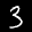
Label: 3